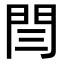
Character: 閆